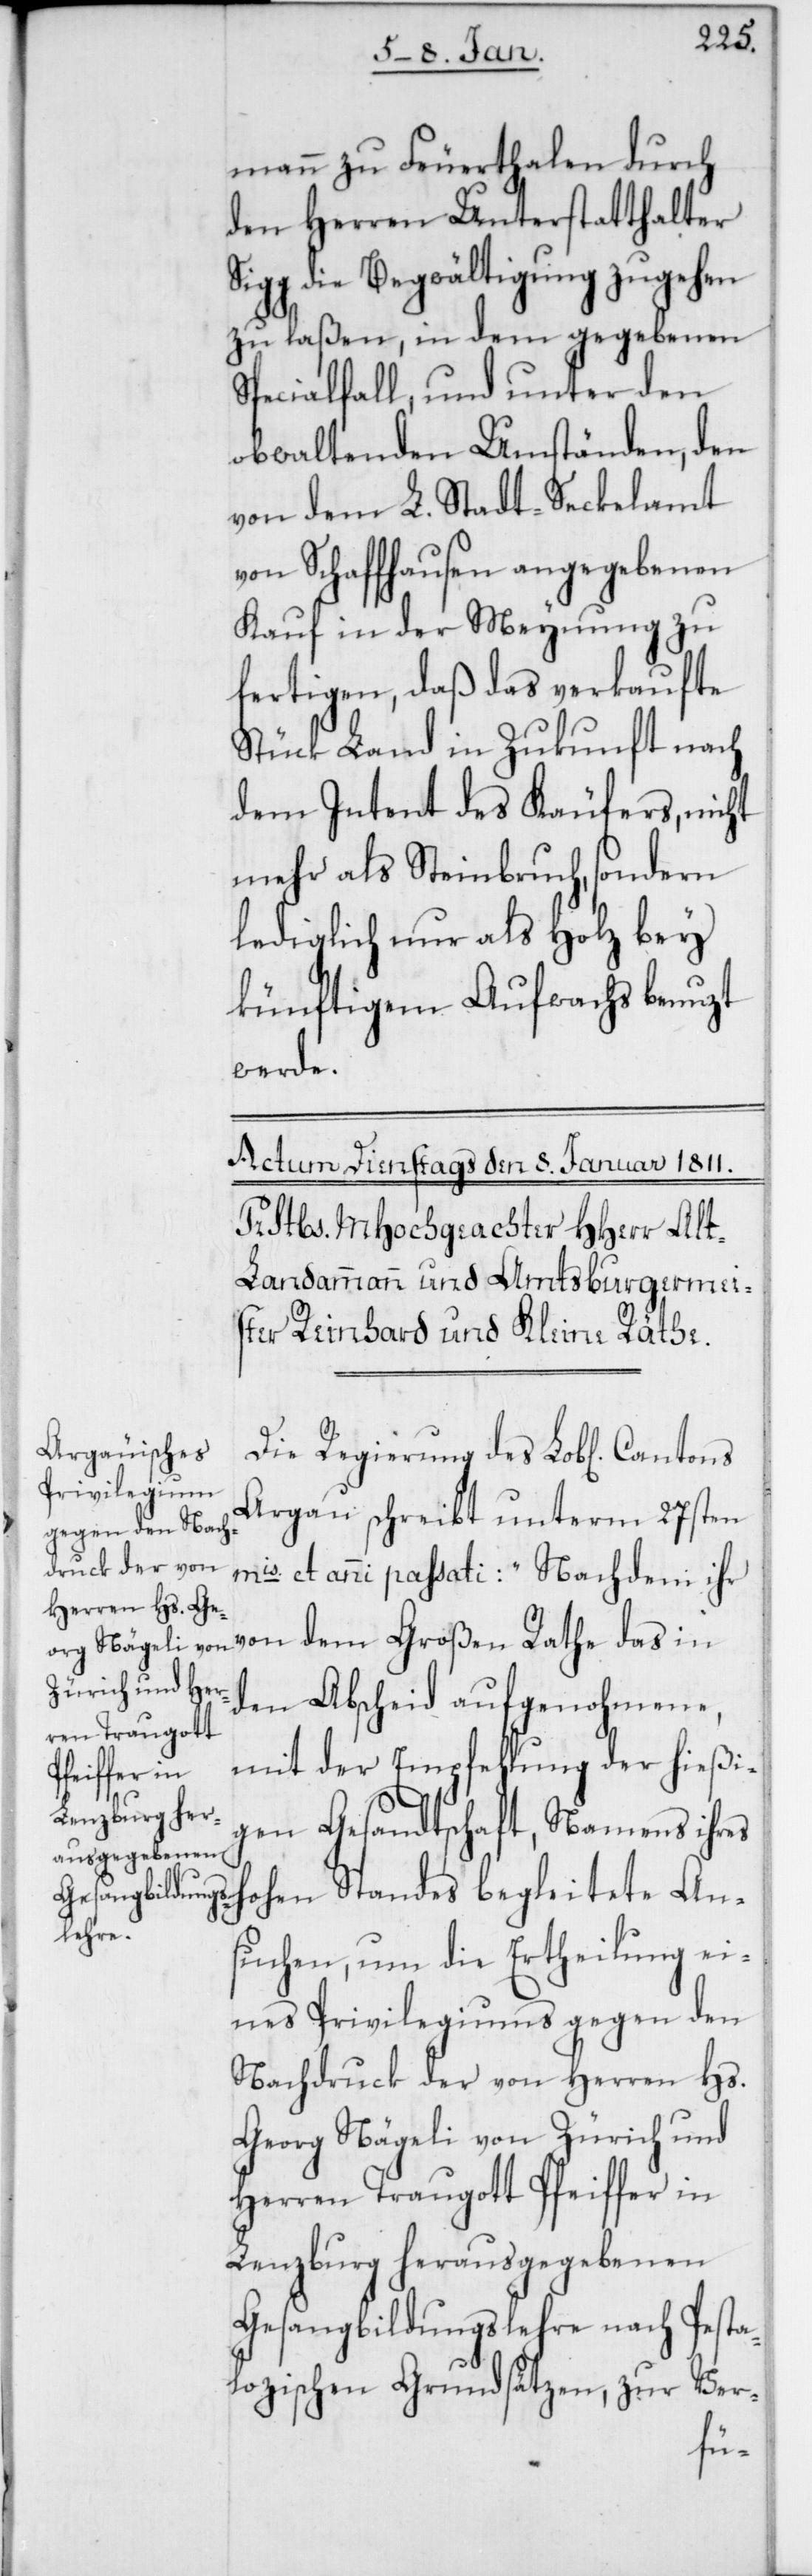
mann zu Feuerthalen durch
den Herren Unterstatthalter
Sigg die Begwältigung zugehen
zu laßen, in dem gegebenen
Specialfall, und unter den
obwaltenden Umständen, den
von dem L. Stadt-Seckelamt
von Schaffhausen angegebenen
Kauf in der Meynung zu
fertigen, daß das verkaufte
Stück Land in Zukunft nach
dem Intent des Käufers, nicht
mehr als Steinbruch, sondern
lediglich nur als Holz bey
künftigem Aufwachs benuzt
werde.
Die Regierung des Lob[lichen]
Argau schreibt unterm 27sten
mis et anni passati: „Nachdem ihr
von dem Großen Rathe das in
den Abscheid aufgenohmene,
mit der Empfehlung der hießi¬
gen Gesandtschaft, Namens ihres
Hohen Standes begleitete An¬
suchen, um die Ertheilung ei¬
nes Privilegiums gegen den
Nachdruck der von Herren Hs.
Georg Nägeli von Zürich und
Herren Traugott Pfeiffer in
Lenzburg herausgegebenen
Gesangsbildungslehre nach Pesta¬
lozischen Grundsätzen, zur Ver-